Indian journal of veterinary science and animal husbandry - Volume 12,
Year: 1942
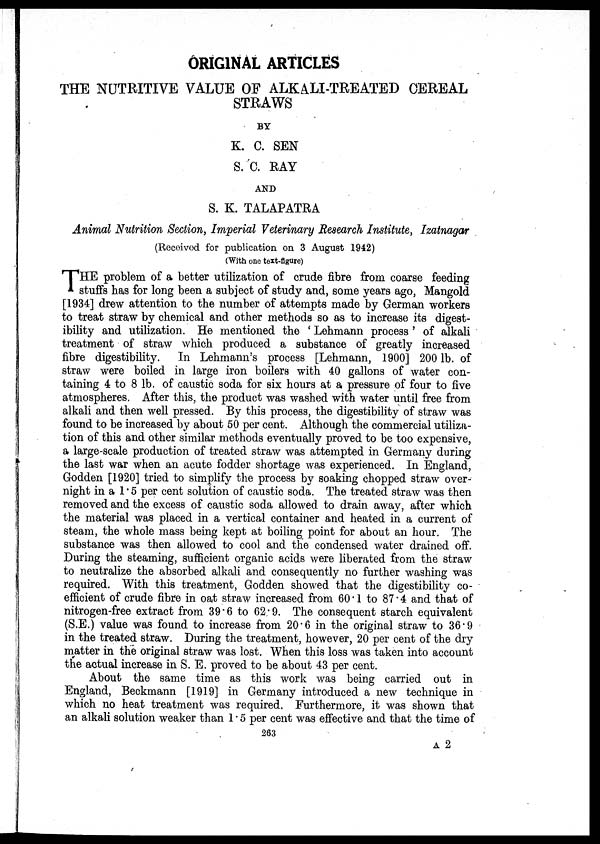
ORIGINAL ARTICLES
THE NUTRITIVE VALUE OF ALKALI-TREATED CEREAL
STRAWS
BY
K. C. SEN
S. C. RAY
AND
S. K. TALAPATRA
Animal Nutrition Section, Imperial Veterinary Research Institute, Izatnagar
(Received for publication on 3 August 1942)
(With one text-figure)
T HE problem of a better utilization of crude fibre from coarse feeding
stuffs has for long been a subject of study and, some years ago, Mangold
[1934] drew attention to the number of attempts made by German workers
to treat straw by chemical and other methods so as to increase its digest-
ibility and utilization. He mentioned the ' Lehmann process ' of alkali
treatment of straw which produced a substance of greatly increased
fibre digestibility. In Lehmann's process [Lehmann, 1900] 200 lb. of
straw were boiled in large iron boilers with 40 gallons of water con-
taining 4 to 8 lb. of caustic soda for six hours at a pressure of four to five
atmospheres. After this, the product was washed with water until free from
alkali and then well pressed. By this process, the digestibility of straw was
found to be increased by about 50 per cent. Although the commercial utiliza-
tion of this and other similar methods eventually proved to be too expensive,
a large-scale production of treated straw was attempted in Germany during
the last war when an acute fodder shortage was experienced. In England,
Godden [1920] tried to simplify the process by soaking chopped straw over-
night in a 1.5 per cent solution of caustic soda. The treated straw was then
removed and the excess of caustic soda allowed to drain away, after which
the material was placed in a vertical container and heated in a current of
steam, the whole mass being kept at boiling point for about an hour. The
substance was then allowed to cool and the condensed water drained off.
During the steaming, sufficient organic acids were liberated from the straw
to neutralize the absorbed alkali and consequently no further washing was
required. With this treatment, Godden showed that the digestibility co-
efficient of crude fibre in oat straw increased from 60.1 to 87.4 and that of
nitrogen-free extract from 39.6 to 62.9. The consequent starch equivalent
(S.E.) value was found to increase from 20.6 in the original straw to 36.9
in the treated straw. During the treatment, however, 20 per cent of the dry
matter in the original straw was lost. When this loss was taken into account
the actual increase in S. E. proved to be about 43 per cent.
About the same time as this work was being carried out in
England, Beckmann [1919] in Germany introduced a new technique in
which no heat treatment was required. Furthermore, it was shown that
an alkali solution weaker than 1.5 per cent was effective and that the time of
263
A 2